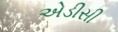
એડીસી